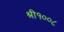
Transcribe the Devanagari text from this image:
श्री१००८